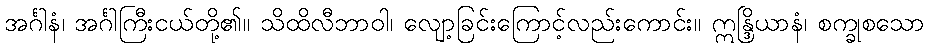
အင်္ဂါနံ၊ အင်္ဂါကြီးငယ်တို့၏။ သိထိလီဘာဝါ၊ လျော့ခြင်းကြောင့်လည်းကောင်း။ ဣန္ဒြိယာနံ၊ စက္ခုစသော